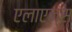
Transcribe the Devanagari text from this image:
एलाएन्स